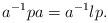
LaTeX: \begin{align*}a^{-1} p a = a^{-1} l p.\end{align*}